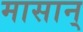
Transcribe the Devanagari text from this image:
मासान्